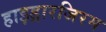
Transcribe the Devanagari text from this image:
हाइड्रारजिरम